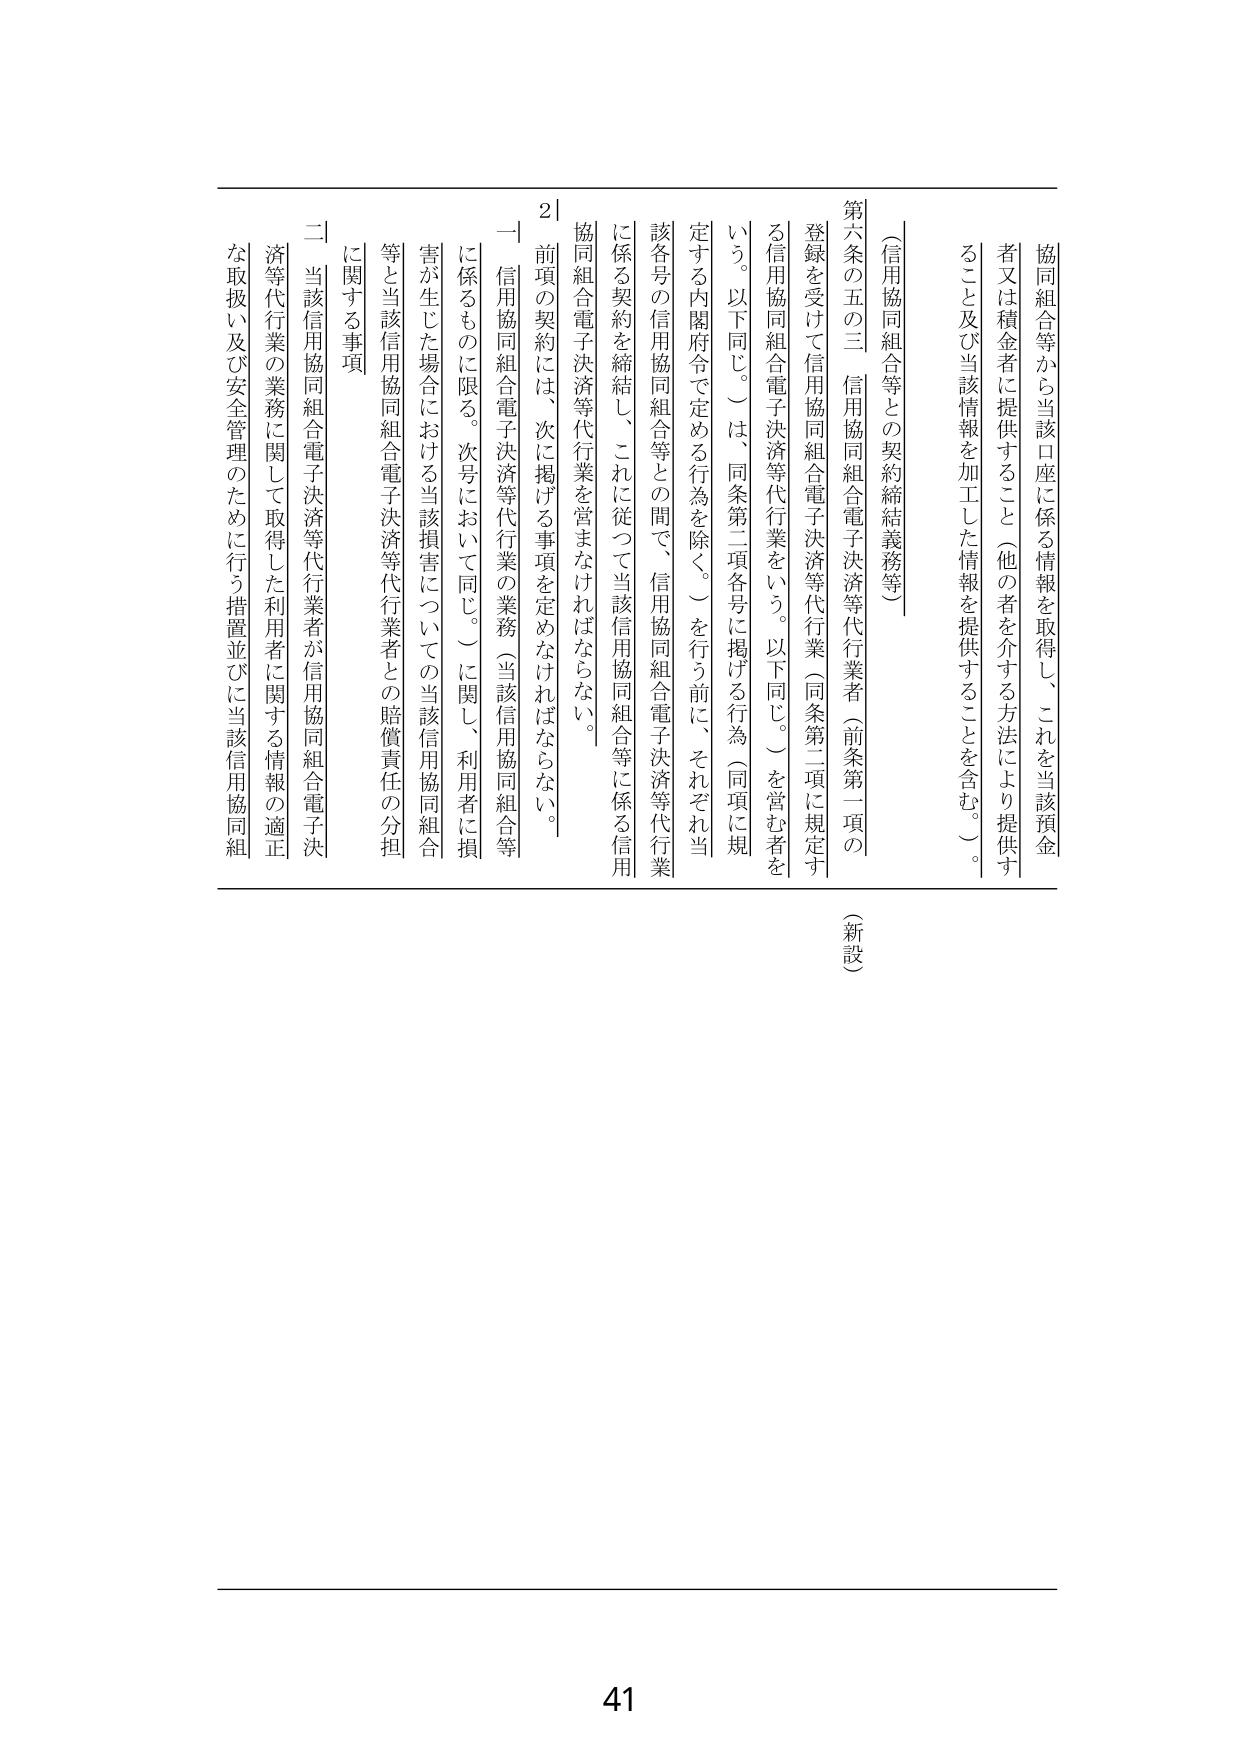
（信用協同組合等との契約締結義務等）

第六条の五の三 信用協同組合電子決済等代行業者（前条第一項の登録を受けて信用協同組合電子決済等代行業（同条第二項に規定する信用協同組合電子決済等代行業をいう。以下同じ。）を営む者をいう。以下同じ。）は、同条第二項各号に掲げる行為（同項に規定する内閣府令で定める行為を除く。）を行う前に、それぞれ当該各号の信用協同組合等との間で、信用協同組合電子決済等代行業に係る契約を締結し、これに従って当該信用協同組合等に係る信用協同組合電子決済等代行業を営まなければならない。

前項の契約には、次に掲げる事項を定めなければならない。

一 信用協同組合電子決済等代行業の業務（当該信用協同組合等に係るものに限る。次号において同じ。）に関し、利用者に損害が生じた場合における当該損害についての当該信用協同組合等と当該信用協同組合電子決済等代行業者との賠償責任の分担に関する事項

二 当該信用協同組合電子決済等代行業者が信用協同組合電子決済等代行業の業務に関して取得した利用者に関する情報の適正な取扱い及び安全管理のために行う措置並びに当該信用協同組

協同組合等から当該口座に係る情報を取得し、これを当該預金者又は積金者に提供すること（他の者を介する方法により提供すること及び当該情報を加工した情報を提供することを含む。）。

（新設）

41